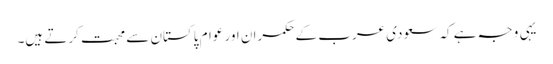
یہی وجہ ہے کہ سعودی عرب کے حکمران اور عوام پاکستان سے محبت کرتے ہیں۔